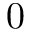
0